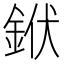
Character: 𨦛